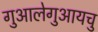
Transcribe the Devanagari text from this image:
गुआलेगुआयचु